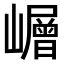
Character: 𡾓